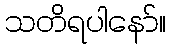
သတိရပါနော်။